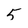
Character: 5